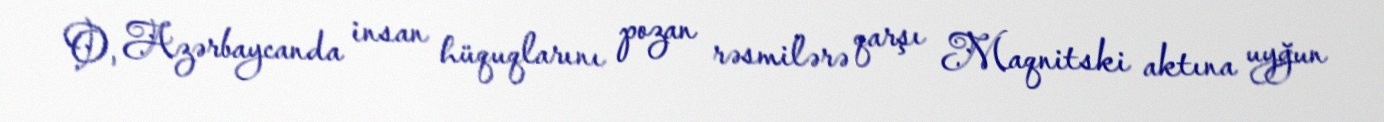
O, Azərbaycanda insan hüquqlarını pozan rəsmilərə qarşı Maqnitski aktına uyğun